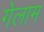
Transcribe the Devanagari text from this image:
गेलाम